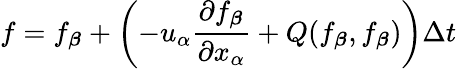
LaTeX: f=f_{\boldsymbol{\beta}}+\left(-u_{\alpha}\frac{\partial f_{\boldsymbol{\beta}}}{\partial x_{\alpha}}+Q(f_{\boldsymbol{\beta}},f_{\boldsymbol{\beta}})\right)\Delta t